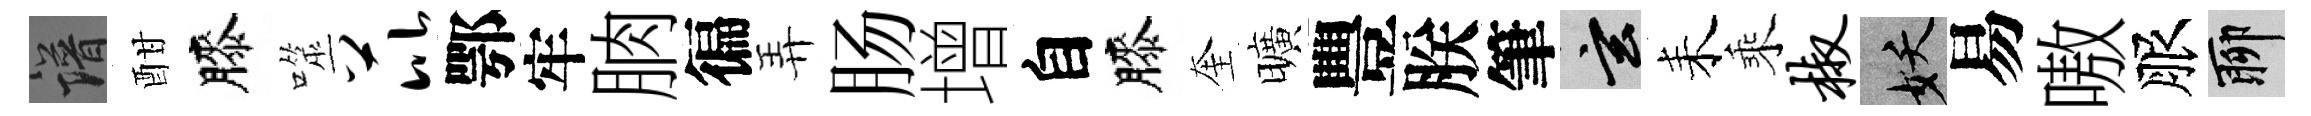
譜酣膝噬芘鄂牢朒徧弄肠增自膝奎曠豐朕筆玄耒乘椒妖易嗷服聊